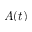
A ( t )